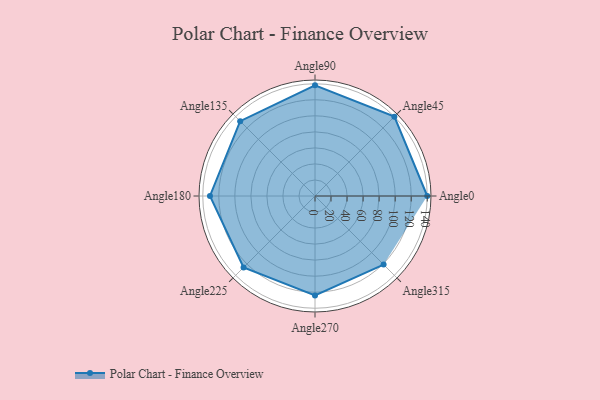
{"axis": {"x": "Angle", "y": "Radius"}, "legend": [""], "data": [{"x": "Angle0", "y": 140.0, "type": ""}, {"x": "Angle45", "y": 140.0, "type": ""}, {"x": "Angle90", "y": 138.0, "type": ""}, {"x": "Angle135", "y": 132.0, "type": ""}, {"x": "Angle180", "y": 131.0, "type": ""}, {"x": "Angle225", "y": 126.0, "type": ""}, {"x": "Angle270", "y": 124.0, "type": ""}, {"x": "Angle315", "y": 121.0, "type": ""}]}